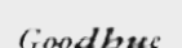
Goodhue